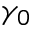
\gamma _ { 0 }